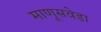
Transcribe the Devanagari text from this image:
माणूसवेडा